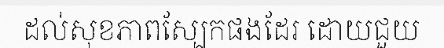
ដល់សុខភាពស្បែកផងដែរ ដោយជួយ